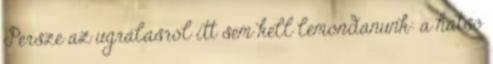
Persze az ugrálásról itt sem kell lemondanunk: a hátsó